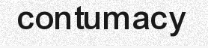
contumacy